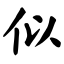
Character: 似